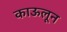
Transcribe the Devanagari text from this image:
काऊलून